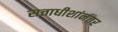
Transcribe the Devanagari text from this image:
सत्ताधीशांनंतर